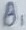
Text: B1